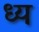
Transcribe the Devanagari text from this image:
ध्य